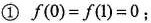
①$$f(0)=f(1)=0$$﹔